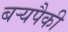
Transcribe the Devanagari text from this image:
बर्‍यपैकी